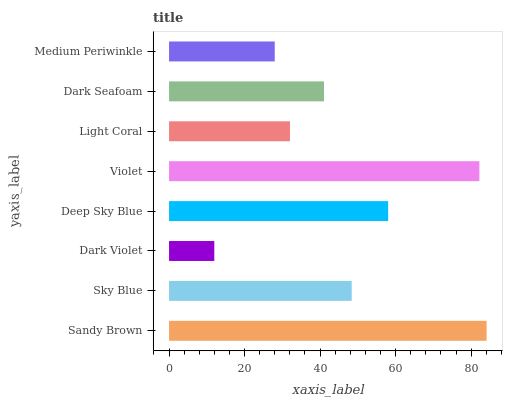
| yaxis_label | bars |
 | --- | --- |
 | Sandy Brown | 84.1 |
 | Sky Blue | 48.4 |
 | Dark Violet | 12 |
 | Deep Sky Blue | 58 |
 | Violet | 82.2 |
 | Light Coral | 32 |
 | Dark Seafoam | 41 |
 | Medium Periwinkle | 28 |